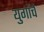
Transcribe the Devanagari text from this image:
युगांचे